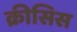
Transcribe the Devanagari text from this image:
क्रीसिस